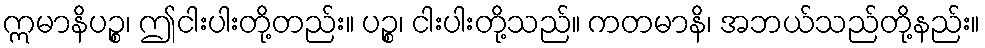
ဣမာနိပဉ္စ၊ ဤငါးပါးတို့တည်း။ ပဉ္စ၊ ငါးပါးတို့သည်။ ကတမာနိ၊ အဘယ်သည်တို့နည်း။